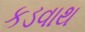
કડવાથ